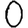
Digit: 0